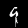
Digit: 9